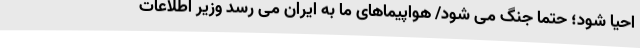
احیا شود؛ حتما جنگ می شود/ هواپیماهای ما به ایران می رسد وزیر اطلاعات